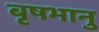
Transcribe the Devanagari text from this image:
बृषभानु